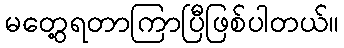
မတွေ့ရတာကြာပြီဖြစ်ပါတယ်။